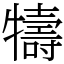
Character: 㹗